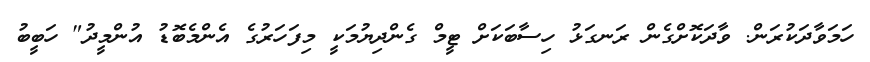
ހަމަވާދަކުރަން. ވާދަކޮށްގެން ރަނގަޅު ހިސާބަކަށް ޓީމް ގެންދިޔުމަކީ މިފަހަރުގެ އެންމެބޮޑު އުންމީދު" ހަބީބު